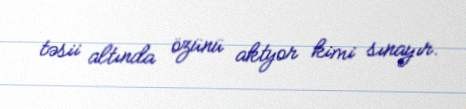
təsii altında özünü aktyor kimi sınayır.